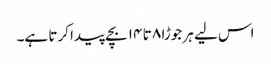
اس لیے ہر جوڑا ۸ تا ۱۴ بچے پیدا کرتا ہے۔